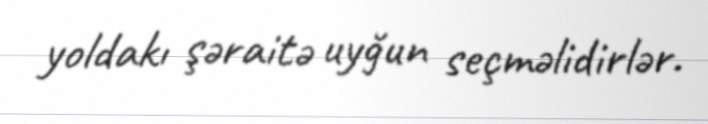
yoldakı şəraitə uyğun seçməlidirlər.